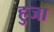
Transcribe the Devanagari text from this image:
हुजा